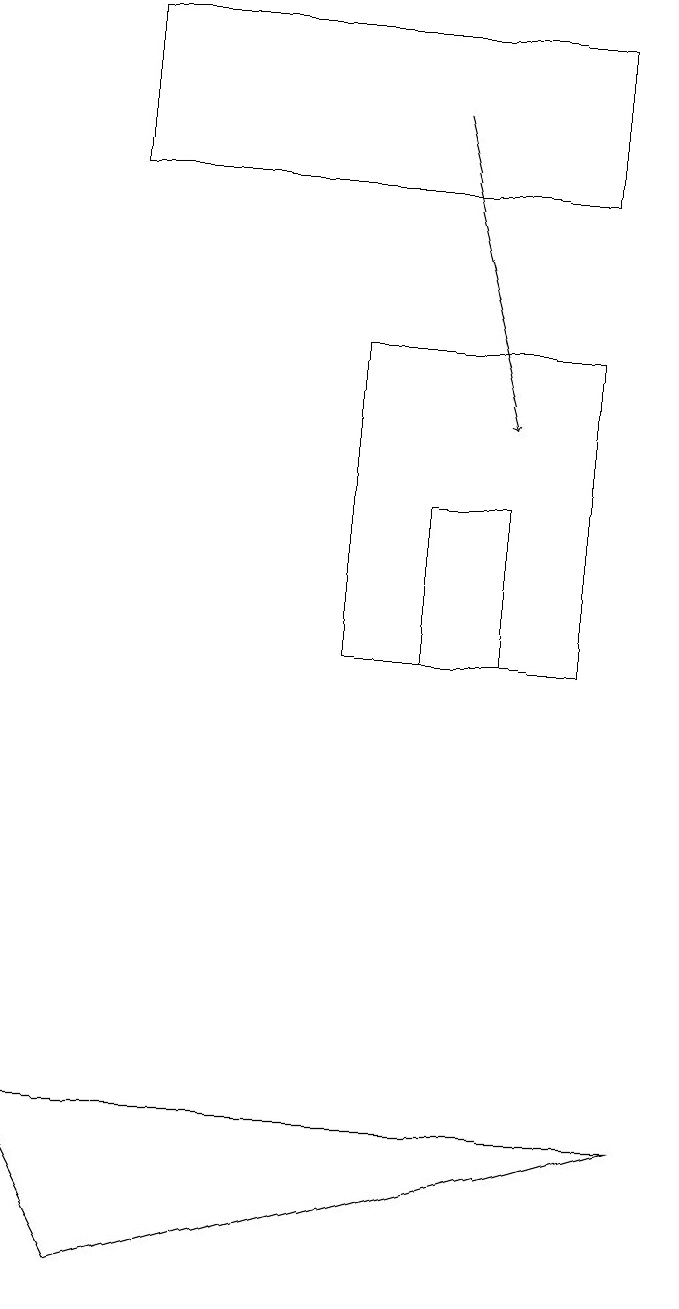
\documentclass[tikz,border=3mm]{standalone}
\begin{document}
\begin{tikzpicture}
\draw (8,15) rectangle (5,11);
\draw (1,5) -- (9,5) -- (2,3) -- cycle;
\draw (6,13) rectangle (7,11);
\draw[->] (6,18) -- (7,14);
\draw (8,17) rectangle (2,19);
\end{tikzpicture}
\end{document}